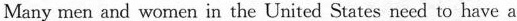
Many men and women in the United States need to have a